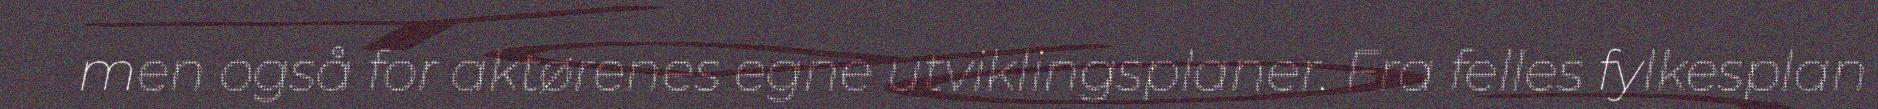
men også for aktørenes egne utviklingsplaner. Fra felles fylkesplan